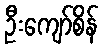
ဦးကျော်စိန်